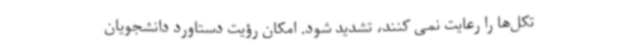
تکل‌ها را رعایت نمی کنند، تشدید شود. امکان رؤیت دستاورد دانشجویان